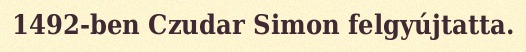
1492-ben Czudar Simon felgyújtatta.